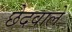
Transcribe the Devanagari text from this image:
छेदवाले